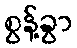
စွန့်ခွာ